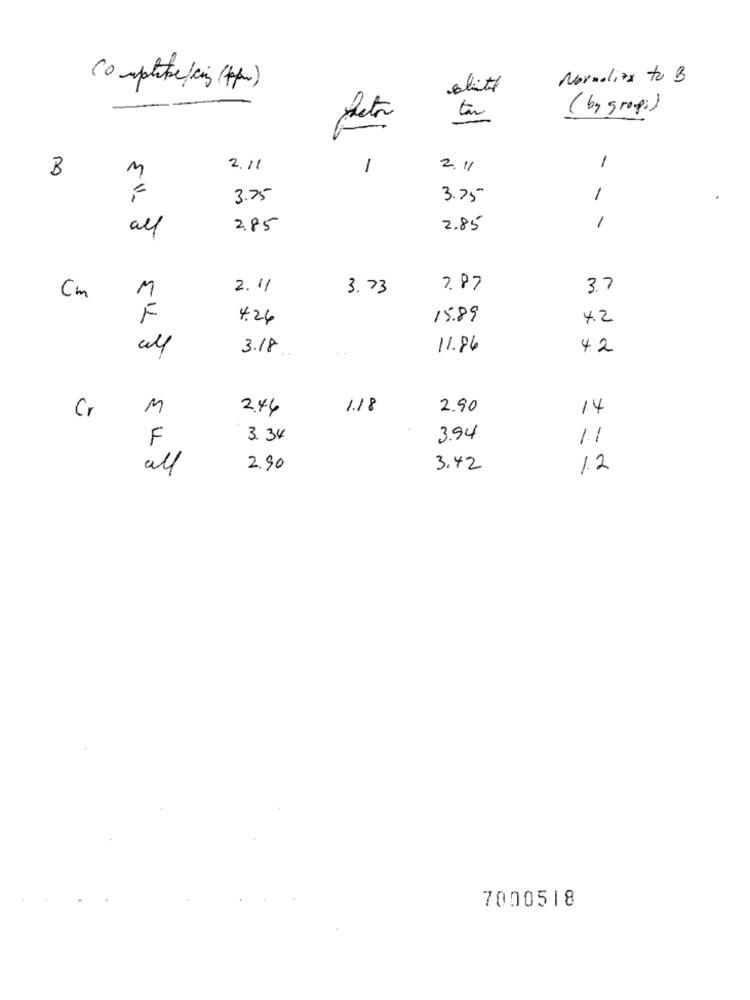
Normaliza to B
Compte /cins(pm)
slitt
tar
by group: )
2.11
1
2.11
-
M
B
3.75
3.75
-
all
2.85
2.85
1
Cm
M
2.11
3.73
7.87
3.7
4.24
15.89
42
3.18
11.86
4.2
M
2.44
1.18
2.90
14
Cr
F
3.34
3.94
11
all
2.90
3.42
1.2
7000518